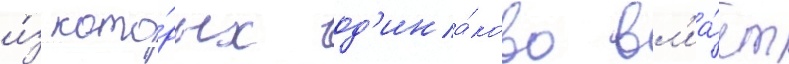
и́з кото́рых од'ина́ково вл'иа́ет